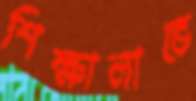
শিক্ষালাভে